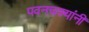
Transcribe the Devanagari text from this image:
पवनचक्यांनी